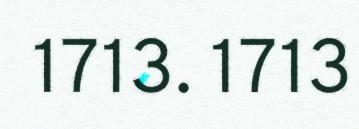
1713. 1713